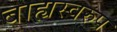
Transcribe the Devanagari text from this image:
बाह्यस्वरुप